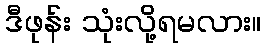
ဒီဖုန်း သုံးလို့ရမလား။